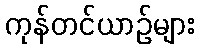
ကုန်တင်ယာဉ်များ